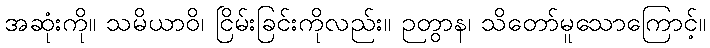
အဆုံးကို။ သမိယာဝိ၊ ငြိမ်းခြင်းကိုလည်း။ ဉတွာန၊ သိတော်မူသောကြောင့်။